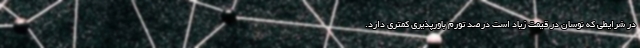
در شرایطی که نوسان در قیمت زیاد است درصد تورم باورپذیری کمتری دارد.